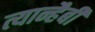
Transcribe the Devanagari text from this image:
त्यान्हैबी